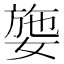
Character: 𡟕